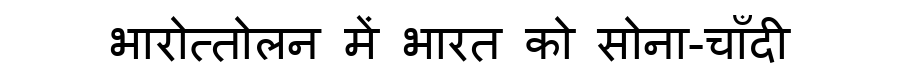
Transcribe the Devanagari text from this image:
भारोत्तोलन में भारत को सोना-चाँदी